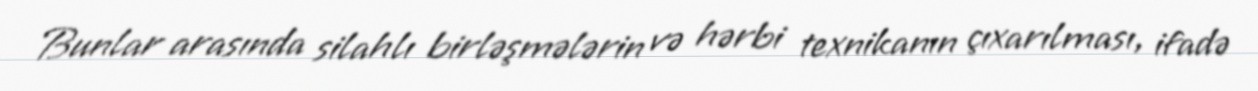
Bunlar arasında silahlı birləşmələrin və hərbi texnikanın çıxarılması, ifadə